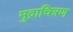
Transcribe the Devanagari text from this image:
मुद्राचित्रण